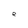
Character: e